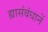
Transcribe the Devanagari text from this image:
ह्यासंबंधानें